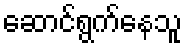
ဆောင်ရွက်နေသူ